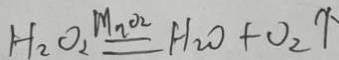
H _ { 2 } O _ { 2 } \xlongequal { M n O _ { 2 } } H _ { 2 } O + O _ { 2 } \uparrow